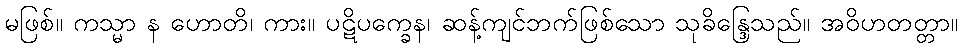
မဖြစ်။ ကသ္မာ န ဟောတိ၊ ကား။ ပဋိပက္ခေန၊ ဆန့်ကျင်ဘက်ဖြစ်သော သုခိန္ဒြေသည်။ အဝိဟတတ္တာ။